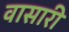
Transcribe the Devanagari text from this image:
वासारी